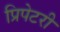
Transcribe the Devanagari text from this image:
प्रिपेटरी